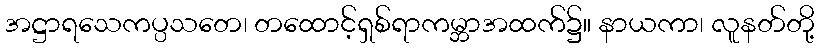
အဋ္ဌာရသေကပ္ပသတေ၊ တထောင့်ရှစ်ရာကမ္ဘာအထက်၌။ နာယကာ၊ လူနတ်တို့